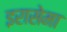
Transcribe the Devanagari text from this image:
इरासेमा